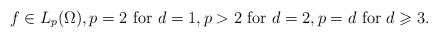
LaTeX: \begin{align*}f \in L_p(\Omega),p=2\mbox{ for } d=1,p>2 \mbox{ for } d=2,p=d \mbox{ for } d\geqslant 3.\end{align*}